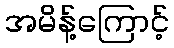
အမိန့်ကြောင့်